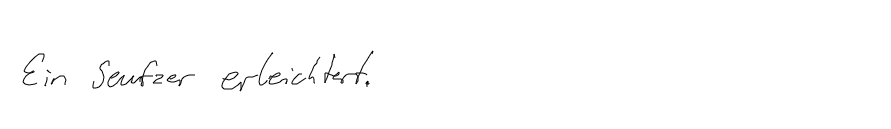
Ein Seufzer erleichtert.